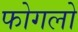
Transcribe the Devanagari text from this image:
फोगलो